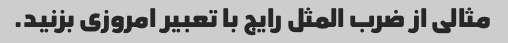
مثالی از ضرب المثل رایج با تعبیر امروزی بزنید.